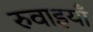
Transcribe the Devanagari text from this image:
रुवाइयाँ